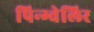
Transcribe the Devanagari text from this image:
पिन्ग्वेलिर